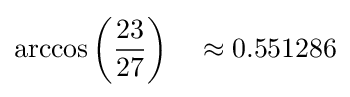
\arccos \left({\frac {23}{27}}\right)\quad \approx 0.551286